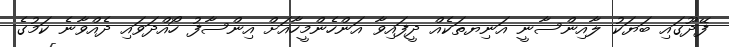
ފޭދޫގައި ބަޔަކު ލާއިންސާނީ އަނިޔތަކެއް ދީފައިވާ އަންހެންމީހާއަށް އިންސާފު ހޯއްދަވައި ދެއްވާނެ ކަމުގެ